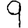
Digit: 9